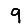
Digit: 9